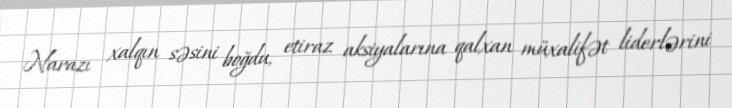
Narazı xalqın səsini boğdu, etiraz aksiyalarına qalxan müxalifət liderlərini